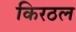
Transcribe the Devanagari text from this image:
किरठल